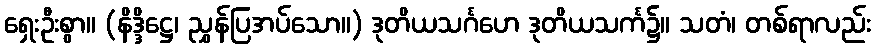
ရှေးဦးစွာ။ (နိဒ္ဒိဋ္ဌေ၊ ညွှန်ပြအပ်သော။) ဒုတိယသင်္ဂဟေ ဒုတိယသင်္က၌။ သတံ၊ တစ်ရာလည်း